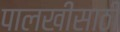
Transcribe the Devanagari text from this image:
पालखीसाठी